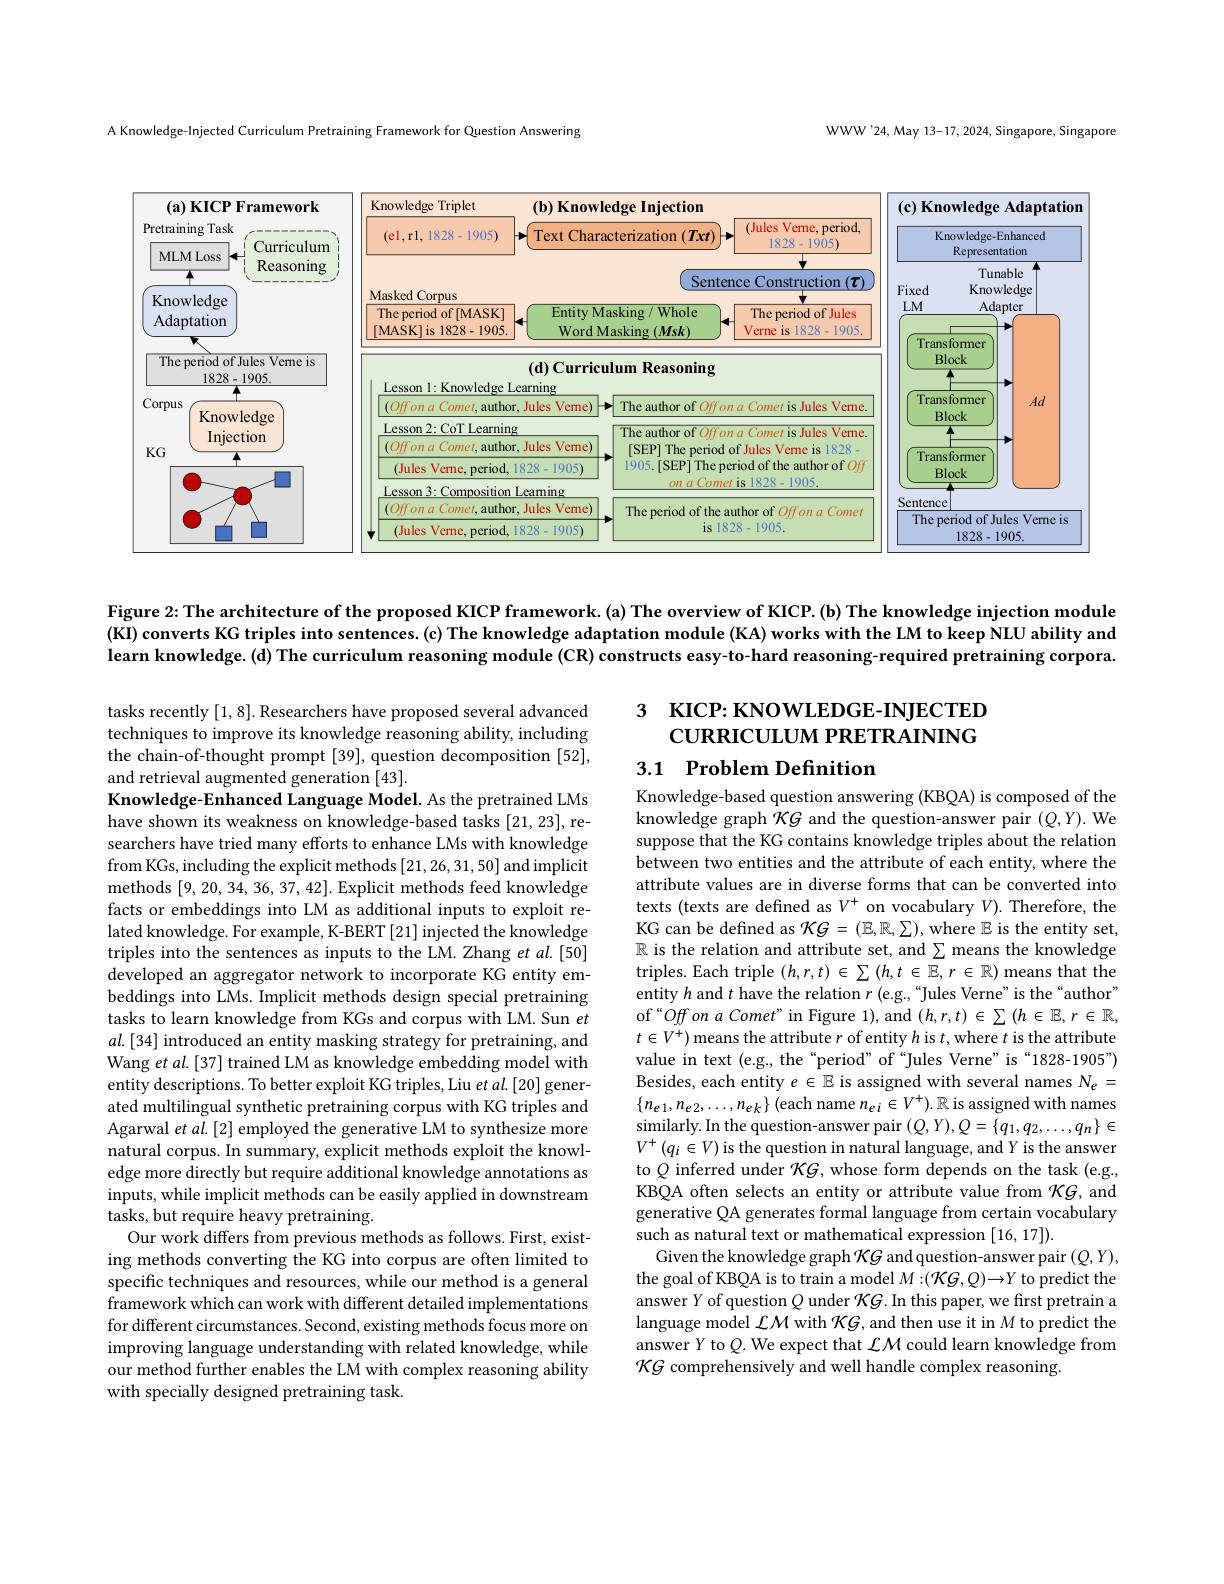
WWW'24, May 13-17, 2024, Singapore, Singapore

A Knowledge-Injected Curriculum Pretraining Framework for Question Answering

<FigureHere>

Figure 2: The architecture of the proposed KICP framework. (a) The overview of KICP.(b) The knowledge injection module

(KI) converts KG triples into sentences.(c) The knowledge adaptation module (KA) works with the LM to keep NLU ability and

learn knowledge. (d) The curriculum reasoning module (CR) constructs easy-to-hard reasoning-required pretraining corpora.

3 KICP: KNOWLEDGE-INJECTED
$\mathsf{CURRICULUM~PRETRAINING}$

tasks recently [1,8]. Researchers have proposed several advanced techniques to improve its knowledge reasoning ability, including the chain-of-thought prompt [39], question decomposition [52], and retrieval augmented generation [43].

3.1 Problem Definition

Knowledge-Enhanced Language Model. As the pretrained LMs have shown its weakness on knowledge-based tasks [21,23], researchers have tried many efforts to enhance LMs with knowledge from KGs, including the explicit methods [21,26,31,50] and implicit methods [9,20,34,36,37,42]. Explicit methods feed knowledge facts or embeddings into LM as additional inputs to exploit related knowledge. For example, K-BERT [21] injected the knowledge triples into the sentences as inputs to the LM. Zhang et al.[50] developed an aggregator network to incorporate KG entity embeddings into LMs. Implicit methods design special pretraining tasks to learn knowledge from KGs and corpus with LM. Sun $et$ $al.[34]$ introduced an entity masking strategy for pretraining, and Wang et al.[37] trained LM as knowledge embedding model with entity descriptions. To better exploit KG triples, Liu et al.[20] generated multilingual synthetic pretraining corpus with KG triples and Agarwal et al.[2] employed the generative LM to synthesize more natural corpus. In summary, explicit methods exploit the knowledge more directly but require additional knowledge annotations as inputs, while implicit methods can be easily applied in downstream tasks, but require heavy pretraining.
Our work differs from previous methods as follows. First, existing methods converting the KG into corpus are often limited to specific techniques and resources, while our method is a general framework which can work with different detailed implementations for different circumstances. Second, existing methods focus more on improving language understanding with related knowledge, while our method further enables the LM with complex reasoning ability with specially designed pretraining task.

Knowledge-based question answering (KBQA) is composed of the knowledge graph $\mathcal{K}G$ and the question-answer pair $(Q,Y).$ We suppose that the KG contains knowledge triples about the relation between two entities and the attribute of each entity, where the attribute values are in diverse forms that can be converted into texts (texts are defined as $V^+$ on vocabulary $V).$ Therefore, the $\begin{array}{l}{\text{KG can be defined as }\mathcal{K}G=(\mathbb{E},\mathbb{R},\sum),\mathrm{where~}\mathbb{E}\text{ is the entity set,}}\\{\mathbb{R}\text{ is the relation and attribute set, and}\sum\text{means the knowledge}}\end{array}$ triples. Each triple $(h,r,t)\in\sum(h,t\in\mathbb{E},r\in\mathbb{R})$ means that the $\hat{\text{entity }h\text{ and }t\text{ have the relation }r\text{ (e.g.,“Jules Verne" is the“author”}}$ of“Off on $a$ Comet”in Figure 1), and $(h,r,t)\in\sum(h\in\mathbb{E},r\in\mathbb{R}$, $t\in V^+)$ means the attribute $r$ of entity $h$ is $t$,where $t$ is the attribute value in text (e.g., the“period” of“Jules Verne”is“1828-1905”) Besides, each entity $e\in\mathbb{E}$ is assigned with several names $N_e=$ $\{n_{e1},n_{e2},\ldots,n_{ek}\}$ (each name $n_ei\in V^+).\mathbb{R}$ is assigned with names similarly. In the question-answer pair $(Q,Y),Q=\{q_1,q_2,\ldots,q_n\}\in$ $V^{+}\left(q_{i}\in V\right)$is the question in natural language, and $Y$ is the answer to $Q$ inferred under $\mathcal{K}G$, whose form depends on the task (e.g., KBQA often selects an entity or attribute value from $\mathcal{K}G$, and generative QA generates formal language from certain vocabulary such as natural text or mathematical expression [16,17]).
Given the knowledge graph $\mathcal{K}G$ and question-answer pair $(Q,Y)$, the goal of KBQA is to train a model $M:(\mathcal{K}G,Q)\to Y$ to predict the answer $Y$ of question $Q$ under $\mathcal{K}G.$ In this paper, we first pretrain a language model $\mathcal{L}\mathcal{M}$ with $\mathcal{K}G$, and then use it in $M$ to predict the answer Y to $Q.$ We expect that $\mathcal{L}\mathcal{M}$ could learn knowledge from $\tilde{\mathcal{K}G\text{ comprehensively and well handle complex reasoning.}}$